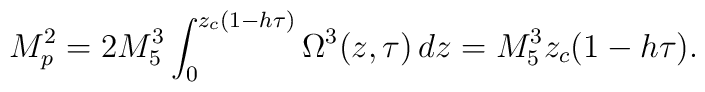
M^2_p = 2 M_5^3 \int_{0}^{z_c(1-h\tau)}   \Omega^3(z,\tau)\,  d z  = M_5^3 z_c (1 - h\tau).